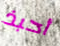
أحبذ